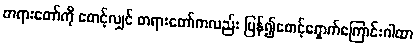
တရားတော်ကို စောင့်လျှင် တရားတော်ကလည်း ပြန်၍စောင့်ရှောက်ကြောင်းဂါထာ